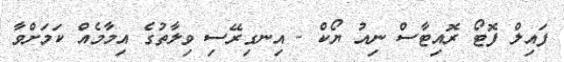
ފައިލް ފޮޓޯ ރޮއިޓާސް ނިއު ޔޯކް - އިނގިރޭސި ވިލާތުގެ އިމާމެއް ކަމަށްވާ